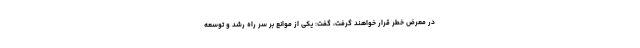
در معرض خطر قرار خواهند گرفت، گفت: یکی از موانع بر سر راه رشد و توسعه